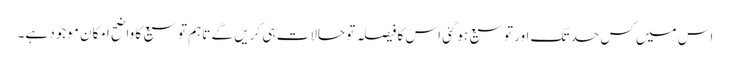
اس میں کس حد تک اور توسیع ہوگئی اس کا فیصلہ تو حالات ہی کریں گے تاہم توسیع کا واضح امکان موجود ہے۔